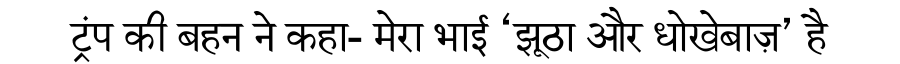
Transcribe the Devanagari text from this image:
ट्रंप की बहन ने कहा- मेरा भाई ‘झूठा और धोखेबाज़’ है